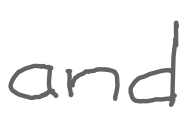
Text: and
Cross-out: clean
Writing tool: digital_gray